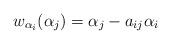
LaTeX: \begin{align*}w_{\alpha_{i}}(\alpha_{j})= \alpha_{j}-a_{ij}\alpha_{i}\end{align*}